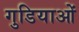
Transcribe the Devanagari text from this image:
गुडियाओं